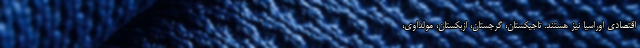
اقتصادی اوراسیا نیز هستند. تاجیکستان، گرجستان، ازبکستان، مولداوی،